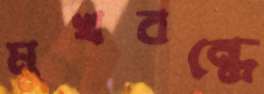
মুখবন্ধে